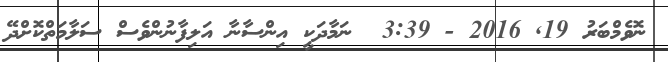
ނޮވެމްބަރު 19